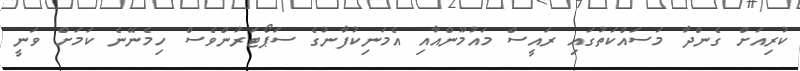
ކުރިއަށް ގެންދާ މަސައްކަތުގައި ރައީސް މައުމޫންއާއި އެމަނިކުފާނުގެ ސަޕޯޓަރުންވެސް ހިމެނޭނެ ކަމަށް ވަނީ